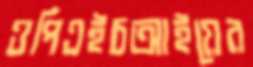
ওপিএইচআইয়ের